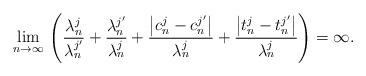
LaTeX: \begin{align*}\lim_{n\to\infty}\,\left(\frac{\lambda^j_n}{\lambda_n^{j'}}+\frac{\lambda^{j'}_n}{\lambda^j_n}+\frac{\left|c^j_n-c^{j'}_n\right|}{\lambda^j_n}+\frac{\left|t^j_n-t^{j'}_n\right|}{\lambda^j_n}\right)=\infty.\end{align*}